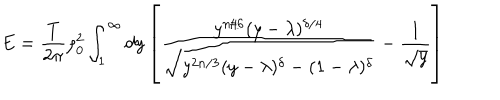
E = { \frac { T } { 2 \pi } } \rho _ { 0 } ^ { 2 } \int _ { 1 } ^ { \infty } d y \left[ { \frac { y ^ { n / 6 } ( y - \lambda ) ^ { \delta / 4 } } { \sqrt { y ^ { 2 n / 3 } ( y - \lambda ) ^ { \delta } - ( 1 - \lambda ) ^ { \delta } } } } - { \frac { 1 } { \sqrt { y } } } \right]